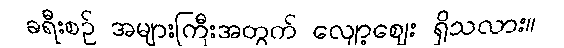
ခရီးစဉ် အများကြီးအတွက် လျော့ဈေး ရှိသလား။